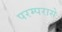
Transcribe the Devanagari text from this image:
परम्परासे